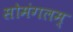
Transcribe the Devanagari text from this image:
सोमंगलम्